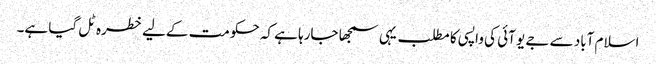
اسلام آباد سے جے یو آئی کی واپسی کا مطلب یہی سمجھا جارہا ہے کہ حکومت کےلیے خطرہ ٹل گیا ہے۔